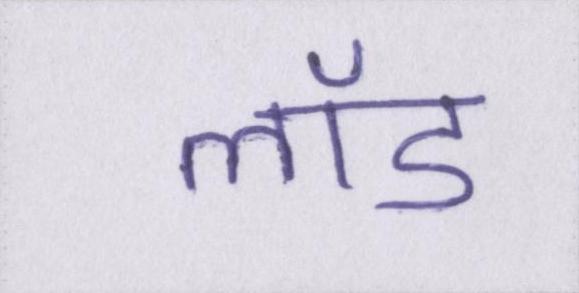
लॉड